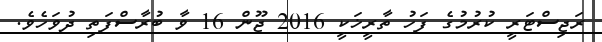
ރަޖިސްޓަރީ ކުރުމުގެ ފަހު ތާރީޚަކީ 2016 ޖޫން 16 ވާ ބުރާސްފަތި ދުވަހެވެ.